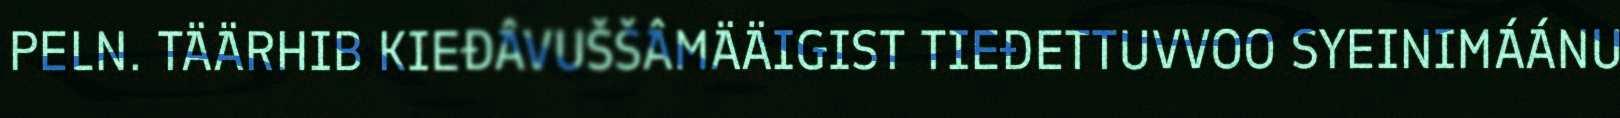
PELN. TÄÄRHIB KIEĐÂVUŠŠÂMÄÄIGIST TIEĐETTUVVOO SYEINIMÁÁNU